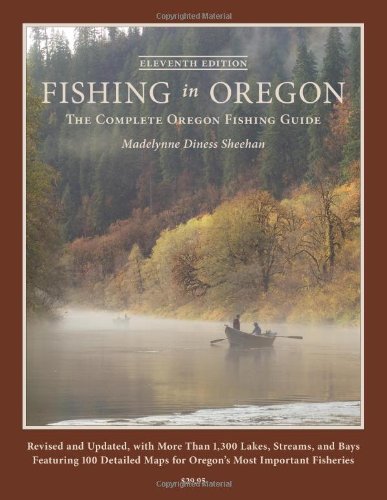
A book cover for Fishing in Oregon, Eleventh Edition; Madelynne Diness Sheehan; Sports & Outdoors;